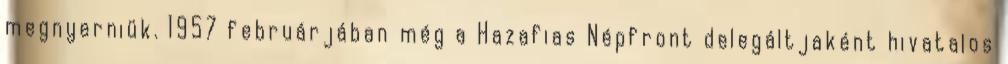
megnyerniük. 1957 februárjában még a Hazafias Népfront delegáltjaként hivatalos